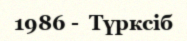
1986 -  Түрксіб